Scottish Certificate of Education, 1963
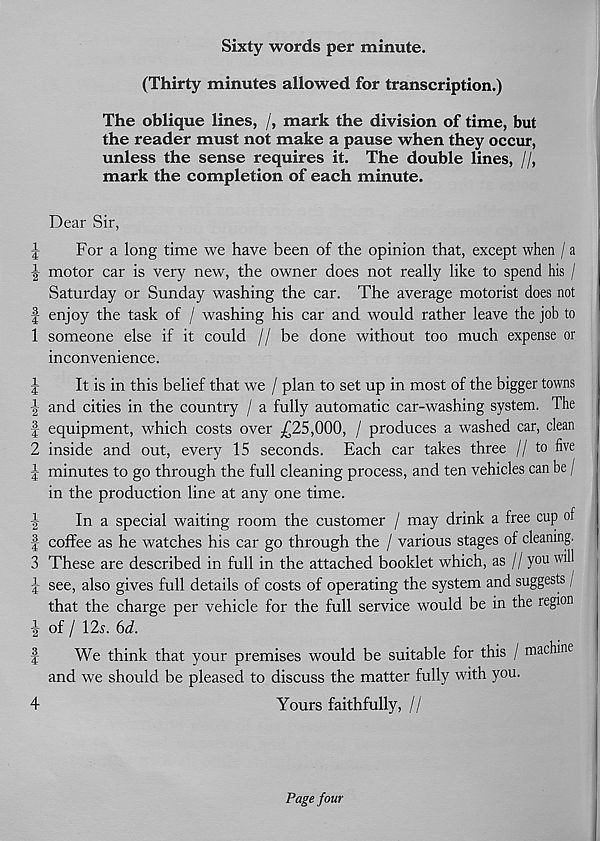
rfHW fcO[l-‘
^|M CO rfi-lco toll—*
bO rf^loa to!M rf^H*
H—^ |^|C0
tO|M rf^ll-*
Sixty words per minute.
(Thirty minutes allowed for transcription.)
The oblique lines, /, mark the division of time, but
the reader must not make a pause when they occur,
unless the sense requires it. The double lines, //,
mark the completion of each minute.
Dear Sir,
For a long time we have been of the opinion that, except when / a
motor car is very new, the owner does not really like to spend his /
Saturday or Sunday washing the car. The average motorist does not
enjoy the task of / washing his car and would rather leave the job to
someone else if it could // be done without too much expense or
inconvenience.
It is in this belief that we / plan to set up in most of the bigger towns
and cities in the country / a fully automatic car-washing system. The
equipment, which costs over .£25,000, / produces a washed car, clean
inside and out, every 15 seconds. Each car takes three //to five
minutes to go through the full cleaning process, and ten vehicles can be /
in the production line at any one time.
In a special waiting room the customer / may drink a free cup of
coffee as he watches his car go through the / various stages of cleaning.
These are described in full in the attached booklet which, as // you will
see, also gives full details of costs of operating the system and suggests /
that the charge per vehicle for the full service would be in the region
of / 12s. 6d.
We think that your premises would be suitable for this / machine
and we should be pleased to discuss the matter fully with you.
4
Yours faithfully, //
Page four